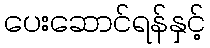
ပေးဆောင်ရန်နှင့်